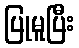
ပြုမူပြီး